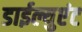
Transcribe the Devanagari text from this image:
डाईल्युएंट